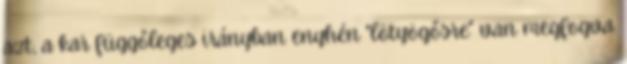
azt, a kar függőleges irányban enyhén "lötyögősre" van megfogva.